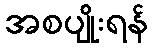
အစပျိုးရန်